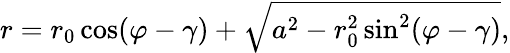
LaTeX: r=r_{0}\cos(\varphi-\gamma)+{\sqrt{a^{2}-r_{0}^{2}\sin^{2}(\varphi-\gamma)}},